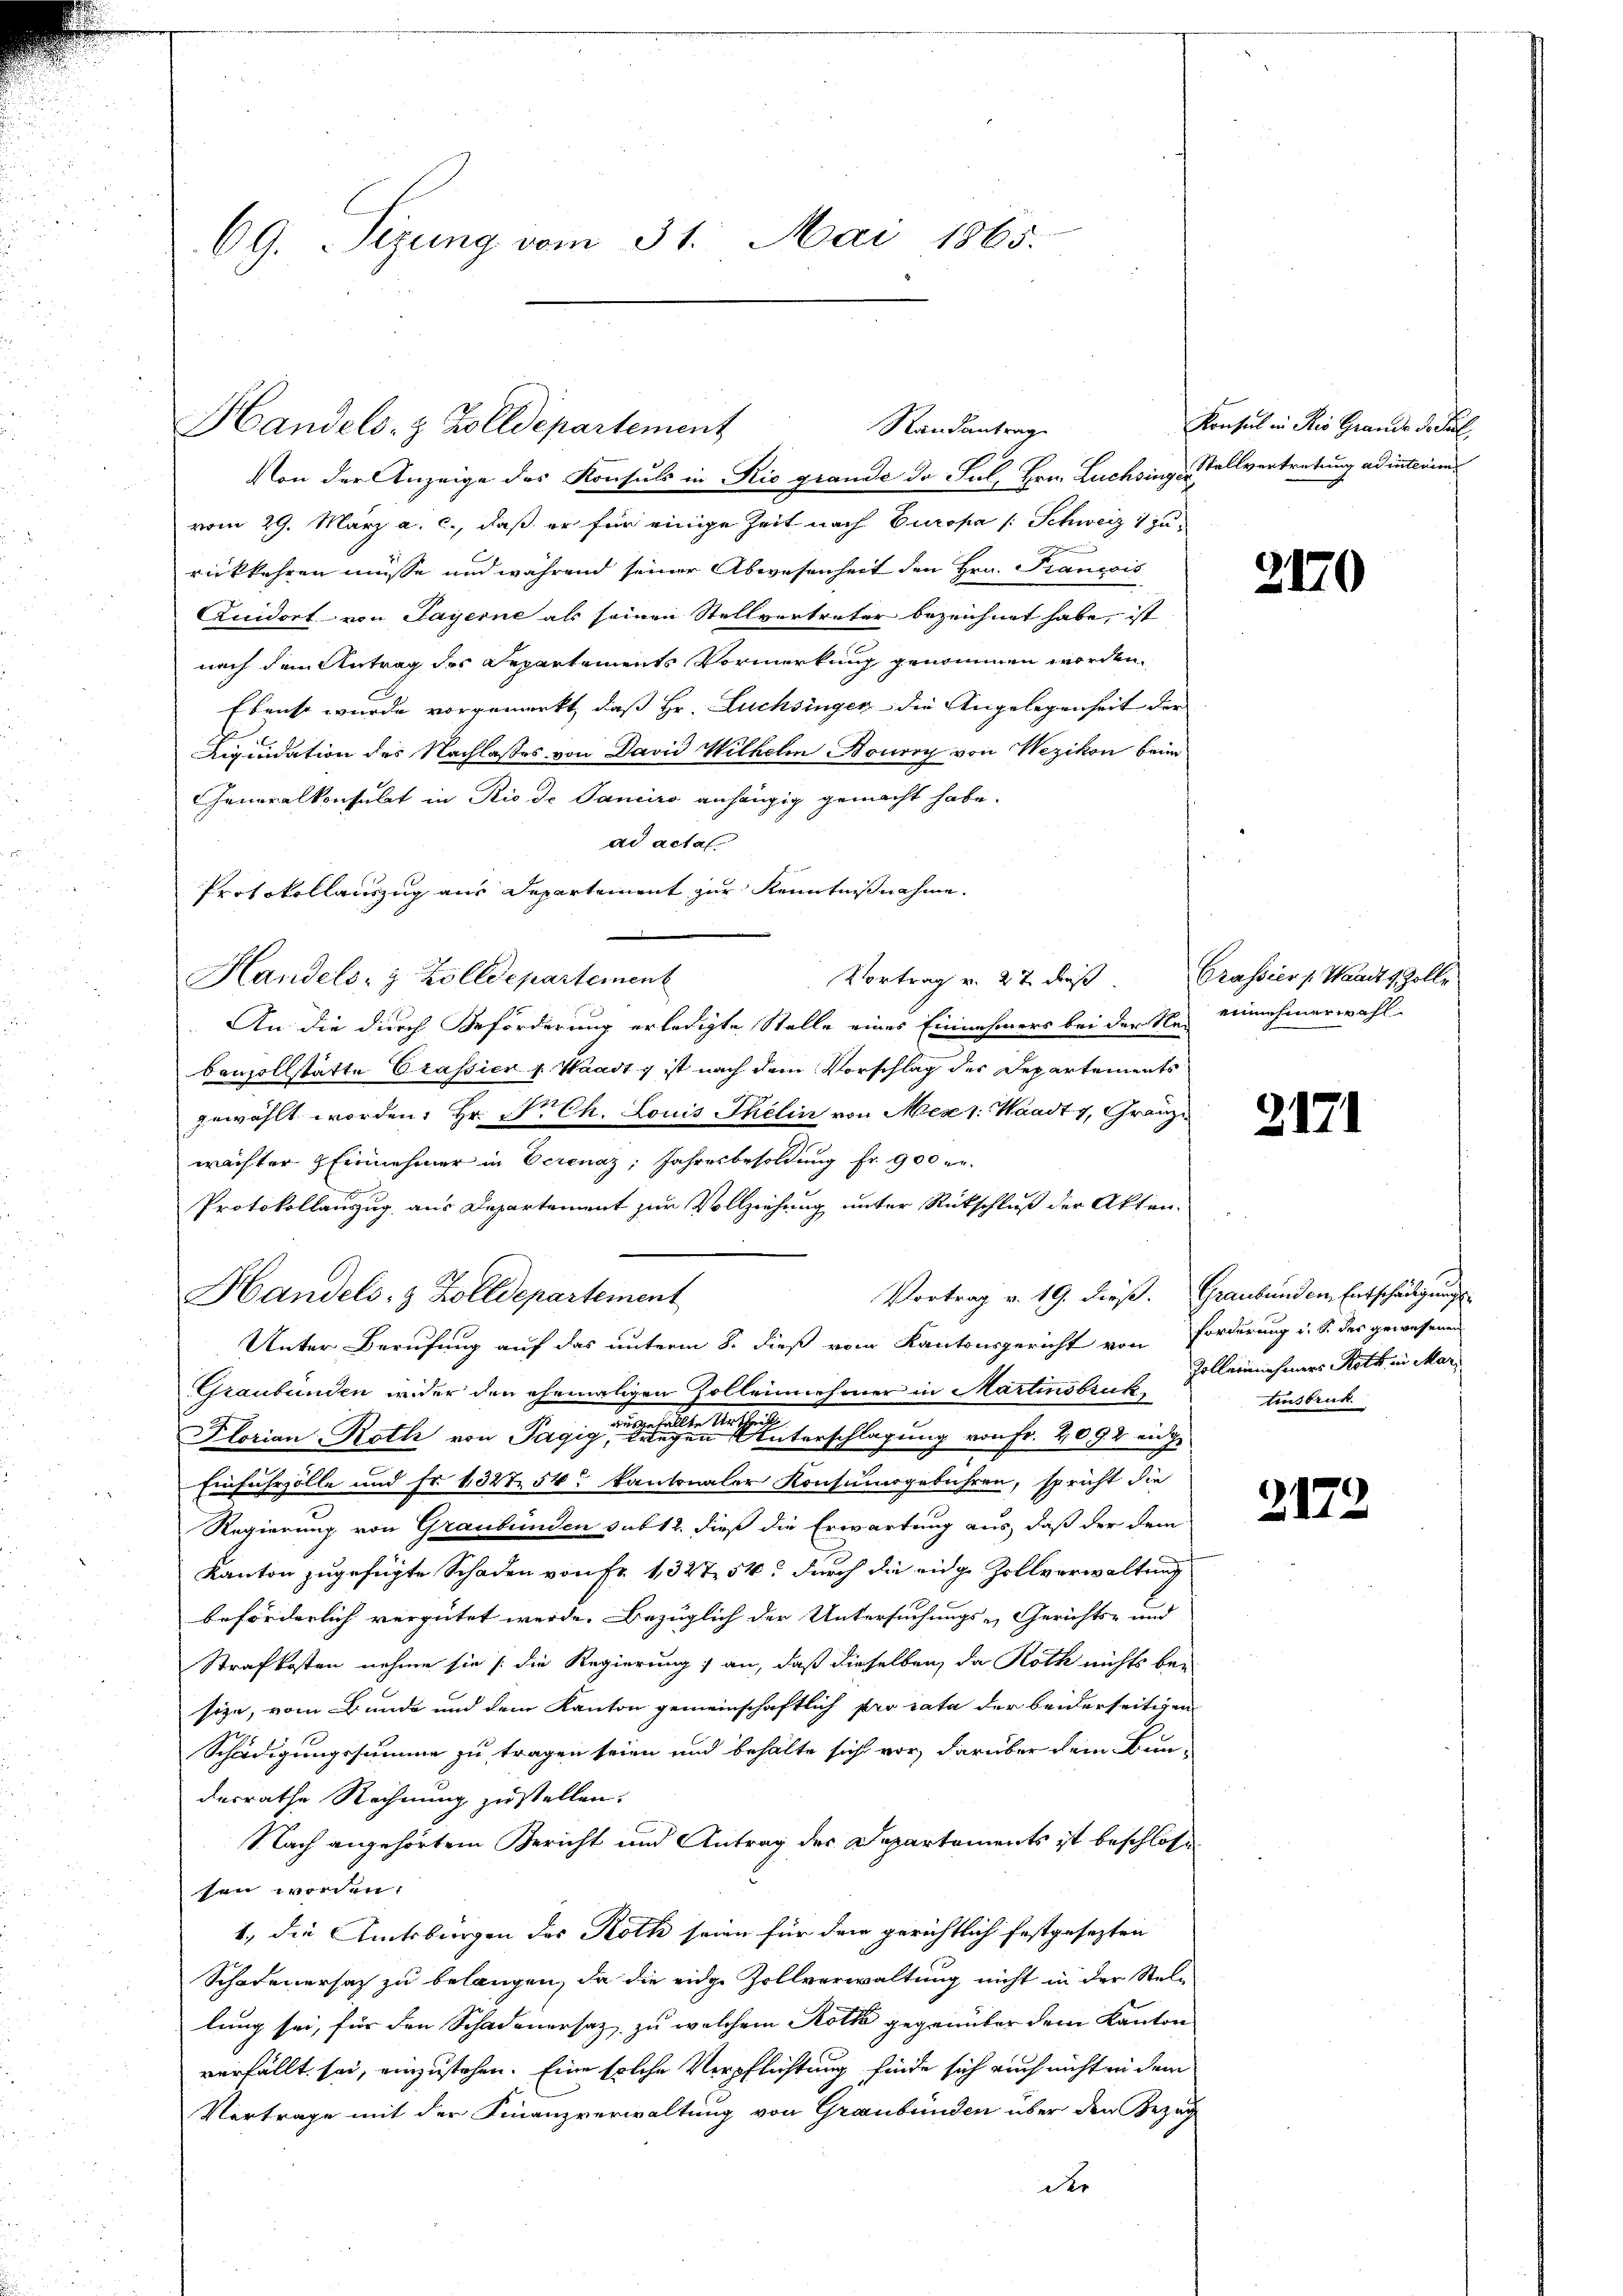
69. Tizung vom 31. Mai 1865.

Handels- & Zolldepartement

Handels- & Zolldepartement

Randantrag

Von der Anzeige des Konsuls in Rio grande da Sul, Hrn. Luchsingefallvertretung ad interims

Vortrag v. 27. dieß. Crassier p. Waadt Zolle

Konsul in Rio Grande des Pul

vom 29. März a. c., daß er für einige Zeit nach Europa /: Schweiz 1 zu
rückkehren müsse und während seiner Abwesenheit den Hrn. Francis
Quidort von Payerne als seinen Stellvertreter bezeichnet habe, ist
nach dem Antrag des Repartements Vormerkung genommen worden,
Ebenso wurde vorgemerkt, daß Hr. Fuchsinger die Angelegenheit der
Liquidation des Nachlasses von David Wilhelm Bouroy von Wezikon beim
Generalkonsulat in Rio de Paniro anhängig gemacht habe.
ad actal
Protokollauszug aus Departement zur Kenntnißnahme.
Handels- & Zolldepartement
An die durch Beförderung erledigte Stelle eines Einnahmers bei der Sei einnehmerwahl-
benzollstätte Crassier v. Waadt g ist nach dem Vorschlag des Departements
gewählt worden, Hr. Dr. Ch. Louis Thelin von Mez 1. Waadt, Gränzwächter Einnehmer in Verenaz; Jahresbesoldung fr. 900 er
Protokollauszug aus Departement zur Vollziehung unter Rückschluß der Akten-
Vortrag v. 19. dieß. Graubünden Entschädigung
Unter Berufung auf das unterm 8. dieß vom Kantonsgericht von Forderung i. S. des gewesenen
Graubünden inder den ehemaligen Zollennehmer in Martinsbruck
Florian Roth von Tage eine eine eine Verschlagung von Fr. 2092 einge
Einfuhrzölle und fr 1327 54 kantonaler Konsumsgebühren, spricht die
Regierung von Graubünden sub 12. dieß die Erwartung aus, daß der dem
Kanton zugefügte Schaden von Fr. 1, 327 54 durch die eidge Zollverwaltung
beförderlich vergütet werde. Bezüglich der Untersuchungs-Gerichts- und
Strafkosten nehme sie (die Regierung an, daß dieselben, da Roth nichts be-
size, vom Bunde und dem Kanton gemeinschaftlich pro rata der beiderseitigen
Schädigungssumme zu tragen seien und behalte sich vor, darüber dein Bun-
derrathe Rechnung zustellen.
Nach angehörtem Bericht und Antrag der Departements ist beschlossen
sen worden.
1., die Amtsbürgen des Roth seien für dem gerichtlich festgesezten
Schadenersatz zu belangen, da die eidge Zollverwaltung nicht in der Stell
lung sei, für den Schadenersatz zu welchem Roth gegenüber dem Kanton
verfällt sei, einzustehen. Eine solche Verpflichtung finde sich auch nicht in dem
Vertrage mit der Finanzverwaltung von Graubünden über den Bezug
der

2170

2171

Zollerinnehmers Roth in Mar
trusbruk

2172